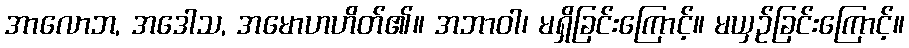
အာလောဘ, အဒေါသ, အမောဟဟိတ်၏။ အဘာဝါ၊ မရှိခြင်းကြောင့်။ မယှဉ်ခြင်းကြောင့်။